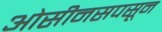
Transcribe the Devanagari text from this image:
ओसीनसपसून